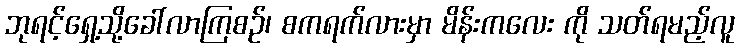
ဘုရင့်ရှေ့သို့ခေါ်လာကြစဉ်၊ စကရက်လားမှာ မိန်းကလေး ကို သတ်ရမည့်လူ